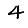
Digit: 4